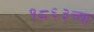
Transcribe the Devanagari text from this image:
१८६३च्या